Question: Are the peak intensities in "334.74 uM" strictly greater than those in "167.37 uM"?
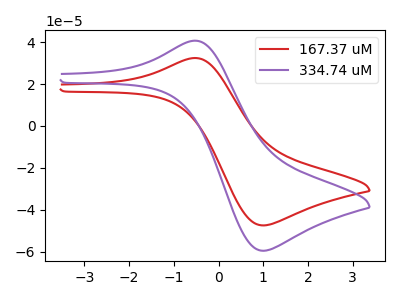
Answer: <think>The red curve "167.37 uM" has an anodic peak at (-0.50V, 32.45uA) and a cathodic peak at (1.00V, -47.45uA). The purple curve "334.74 uM" has an anodic peak at (-0.50V, 40.75uA) and a cathodic peak at (1.00V, -59.55uA).</think>
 <answer>Every peak in "334.74 uM" is higher than every peak in "167.37 uM".</answer>
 <eval>higher</eval>